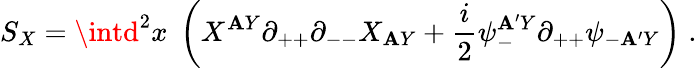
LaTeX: S_{X}=\intd^{2}x\; \left(X^{\mathbf{A}Y}\partial_{++}\partial_{--}X_{\mathbf{A}Y}+{\frac{{i}}{{2}}}\psi_{-}^{\mathbf{A}^{\prime}Y}\partial_{++}\psi_{-\mathbf{A}^{\prime}Y}\right)\; .